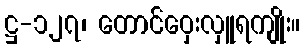
ဋ္ဌ-၁၂၇၊ တောင်ဝှေးလှူရကျိုး။